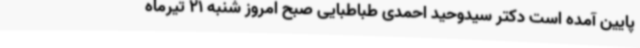
پایین آمده است دکتر سیدوحید احمدی طباطبایی صبح امروز شنبه 21 تیرماه